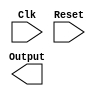
// Copyright (C) 1991-2014 Altera Corporation. All rights reserved.
// Your use of Altera Corporation's design tools, logic functions 
// and other software and tools, and its AMPP partner logic 
// functions, and any output files from any of the foregoing 
// (including device programming or simulation files), and any 
// associated documentation or information are expressly subject 
// to the terms and conditions of the Altera Program License 
// Subscription Agreement, the Altera Quartus II License Agreement,
// the Altera MegaCore Function License Agreement, or other 
// applicable license agreement, including, without limitation, 
// that your use is for the sole purpose of programming logic 
// devices manufactured by Altera and sold by Altera or its 
// authorized distributors.  Please refer to the applicable 
// agreement for further details.

// PROGRAM		"Quartus II 64-Bit"
// VERSION		"Version 14.0.0 Build 200 06/17/2014 SJ Web Edition"
// CREATED		"Thu Jan 19 21:22:56 2017"

module DownCounter_Schematic(
	Clk,
	Reset,
	Output
);


input wire	Clk;
input wire	Reset;
output reg	[3:0] Output;

wire	SYNTHESIZED_WIRE_0;
wire	SYNTHESIZED_WIRE_1;
reg	SYNTHESIZED_WIRE_17;
wire	SYNTHESIZED_WIRE_2;
wire	SYNTHESIZED_WIRE_3;
wire	SYNTHESIZED_WIRE_4;
wire	SYNTHESIZED_WIRE_18;
wire	SYNTHESIZED_WIRE_19;
wire	SYNTHESIZED_WIRE_20;
wire	SYNTHESIZED_WIRE_8;
reg	SYNTHESIZED_WIRE_21;
reg	SYNTHESIZED_WIRE_22;
reg	SYNTHESIZED_WIRE_23;
wire	SYNTHESIZED_WIRE_12;
wire	SYNTHESIZED_WIRE_13;
wire	SYNTHESIZED_WIRE_14;
wire	SYNTHESIZED_WIRE_15;





always@(posedge Clk or negedge Reset)
begin
if (!Reset)
	begin
	SYNTHESIZED_WIRE_17 <= 0;
	end
else
	begin
	SYNTHESIZED_WIRE_17 <= SYNTHESIZED_WIRE_0;
	end
end


always@(posedge Clk or negedge Reset)
begin
if (!Reset)
	begin
	SYNTHESIZED_WIRE_23 <= 0;
	end
else
	begin
	SYNTHESIZED_WIRE_23 <= SYNTHESIZED_WIRE_1;
	end
end

assign	SYNTHESIZED_WIRE_4 = SYNTHESIZED_WIRE_17 & SYNTHESIZED_WIRE_2;

assign	SYNTHESIZED_WIRE_0 = SYNTHESIZED_WIRE_3 | SYNTHESIZED_WIRE_4;

assign	SYNTHESIZED_WIRE_3 = SYNTHESIZED_WIRE_18 & SYNTHESIZED_WIRE_19 & SYNTHESIZED_WIRE_20 & SYNTHESIZED_WIRE_8;

assign	SYNTHESIZED_WIRE_12 = SYNTHESIZED_WIRE_21 | SYNTHESIZED_WIRE_22;

assign	SYNTHESIZED_WIRE_13 = SYNTHESIZED_WIRE_18 & SYNTHESIZED_WIRE_19 & SYNTHESIZED_WIRE_20;

assign	SYNTHESIZED_WIRE_14 = SYNTHESIZED_WIRE_23 & SYNTHESIZED_WIRE_12;

assign	SYNTHESIZED_WIRE_1 = SYNTHESIZED_WIRE_13 | SYNTHESIZED_WIRE_14;

assign	SYNTHESIZED_WIRE_15 = SYNTHESIZED_WIRE_22 ~^ SYNTHESIZED_WIRE_21;


always@(posedge Clk or negedge Reset)
begin
if (!Reset)
	begin
	SYNTHESIZED_WIRE_21 <= 0;
	end
else
	begin
	SYNTHESIZED_WIRE_21 <= SYNTHESIZED_WIRE_15;
	end
end


always@(posedge Clk or negedge Reset)
begin
if (!Reset)
	begin
	SYNTHESIZED_WIRE_22 <= 0;
	end
else
	begin
	SYNTHESIZED_WIRE_22 <= SYNTHESIZED_WIRE_18;
	end
end

assign	SYNTHESIZED_WIRE_18 =  ~SYNTHESIZED_WIRE_22;

assign	SYNTHESIZED_WIRE_20 =  ~SYNTHESIZED_WIRE_23;

assign	SYNTHESIZED_WIRE_19 =  ~SYNTHESIZED_WIRE_21;

assign	SYNTHESIZED_WIRE_8 =  ~SYNTHESIZED_WIRE_17;

assign	SYNTHESIZED_WIRE_2 = SYNTHESIZED_WIRE_21 | SYNTHESIZED_WIRE_23 | SYNTHESIZED_WIRE_22;


endmodule